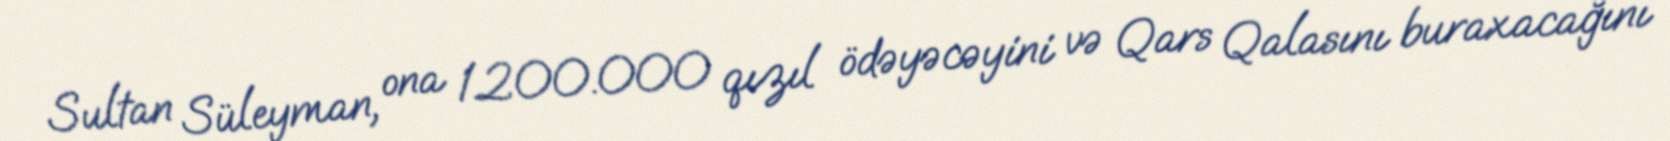
Sultan Süleyman, ona 1.200.000 qızıl ödəyəcəyini və Qars Qalasını buraxacağını